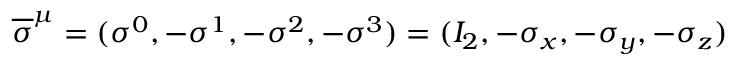
{ \overline { { \sigma } } } ^ { \mu } = ( \sigma ^ { 0 } , - \sigma ^ { 1 } , - \sigma ^ { 2 } , - \sigma ^ { 3 } ) = ( I _ { 2 } , - \sigma _ { x } , - \sigma _ { y } , - \sigma _ { z } )